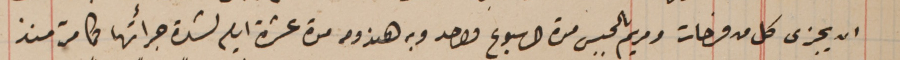
ان يجزى كل من فرحات ومريم بالحبس مدة لاسبوع واحد وبه هندومه مدة عشرة ايام لشدة جرأتها  كما مرّ منذ